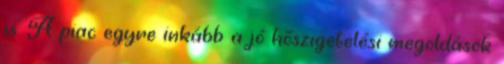
is. A piac egyre inkább a jó hőszigetelési megoldások